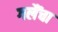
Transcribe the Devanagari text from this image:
गलैंचा